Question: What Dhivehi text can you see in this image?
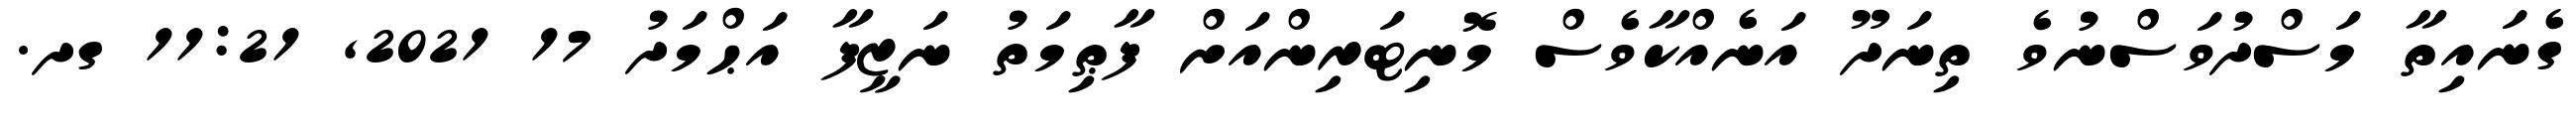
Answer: ގެނައިތާ މަސްދުވަސްނުވެ ތިނަދޫ އަނެއްކާވެސް މޮނިޓަރިންއަށް ފާޠިމަތު ނަޒީފާ އަޙްމަދު 17 2021, 11:21 ގދ.